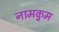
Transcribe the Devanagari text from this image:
नामकुम